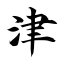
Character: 津